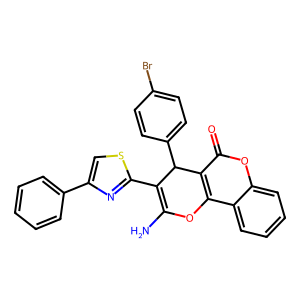
SMILES: NC1=C(c2nc(-c3ccccc3)cs2)C(c2ccc(Br)cc2)c2c(c3ccccc3oc2=O)O1
Inhibits HIV replication: No